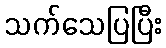
သက်သေပြပြီး